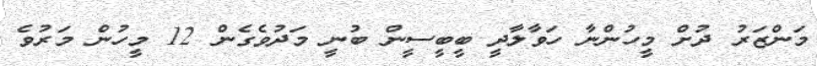
މަންޒަރު ދުށް މީހުންނާ ހަވާލާދީ ބީބީސީން ބުނީ މަދުވެގެން 12 މީހުން މަރުވެ